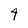
Character: 4